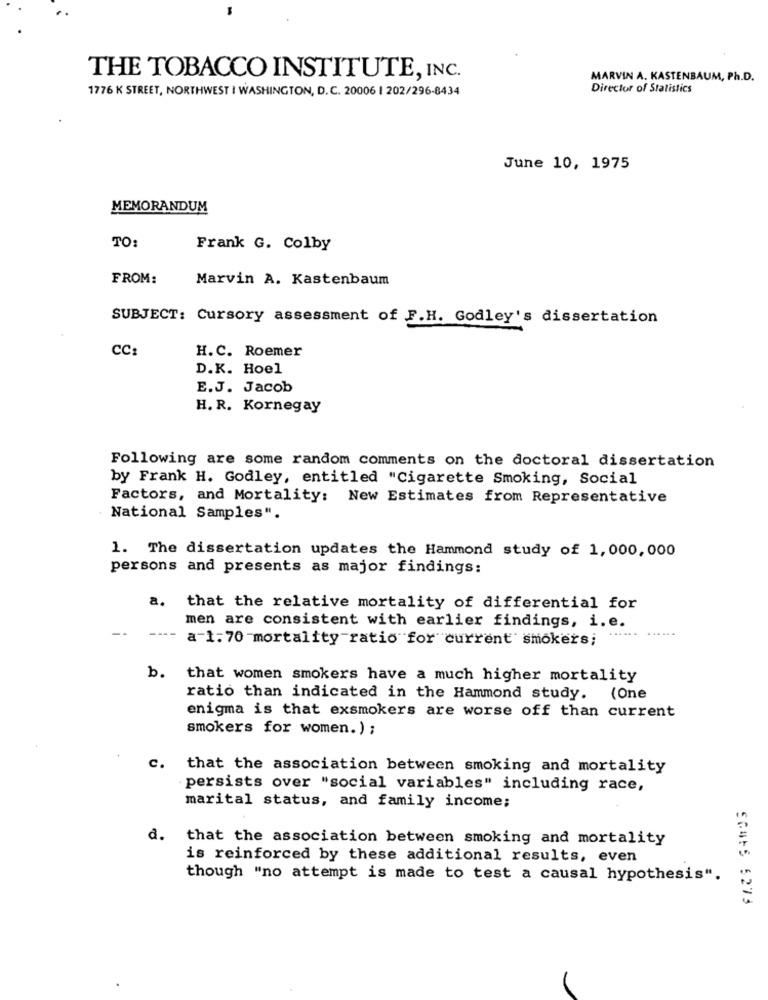
THE TOBACCO INSTITUTE, INC.
MARVIN A. KASTENBAUM, Ph.D.
1776 K STREET, NORTHWEST I WASHINGTON, D.C. 20006 | 202/296-8434
Director of Statistics
June 10, 1975
MEMORANDUM
TO:
Frank G. Colby
FROM:
Marvin A. Kastenbaum
SUBJECT: Cursory assessment of F.H. Godley's dissertation
CC:
H.C. Roemer
D.K. Hoel
E.J. Jacob
H. R. Kornegay
Following are some random comments on the doctoral dissertation
by Frank H. Godley, entitled "Cigarette Smoking, Social
Factors, and Mortality: New Estimates from Representative
National Samples".
1. The dissertation updates the Hammond study of 1, 000,000
persons and presents as major findings:
a.
that the relative mortality of differential for
men are consistent with earlier findings, i.e.
a-1:70 mortality-ratio for current smokers;
b.
that women smokers have a much higher mortality
ratio than indicated in the Hammond study. (One
enigma is that exsmokers are worse off than current
smokers for women. ) ;
c.
that the association between smoking and mortality
persists over "social variables" including race,
marital status, and family income;
d.
that the association between smoking and mortality
is reinforced by these additional results, even
though "no attempt is made to test a causal hypothesis".
SCANS 5273